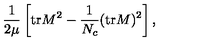
\frac { 1 } { 2 \mu } \left[ \mathrm { t r } M ^ { 2 } - \frac { 1 } { N _ { c } } ( \mathrm { t r } M ) ^ { 2 } \right] ,